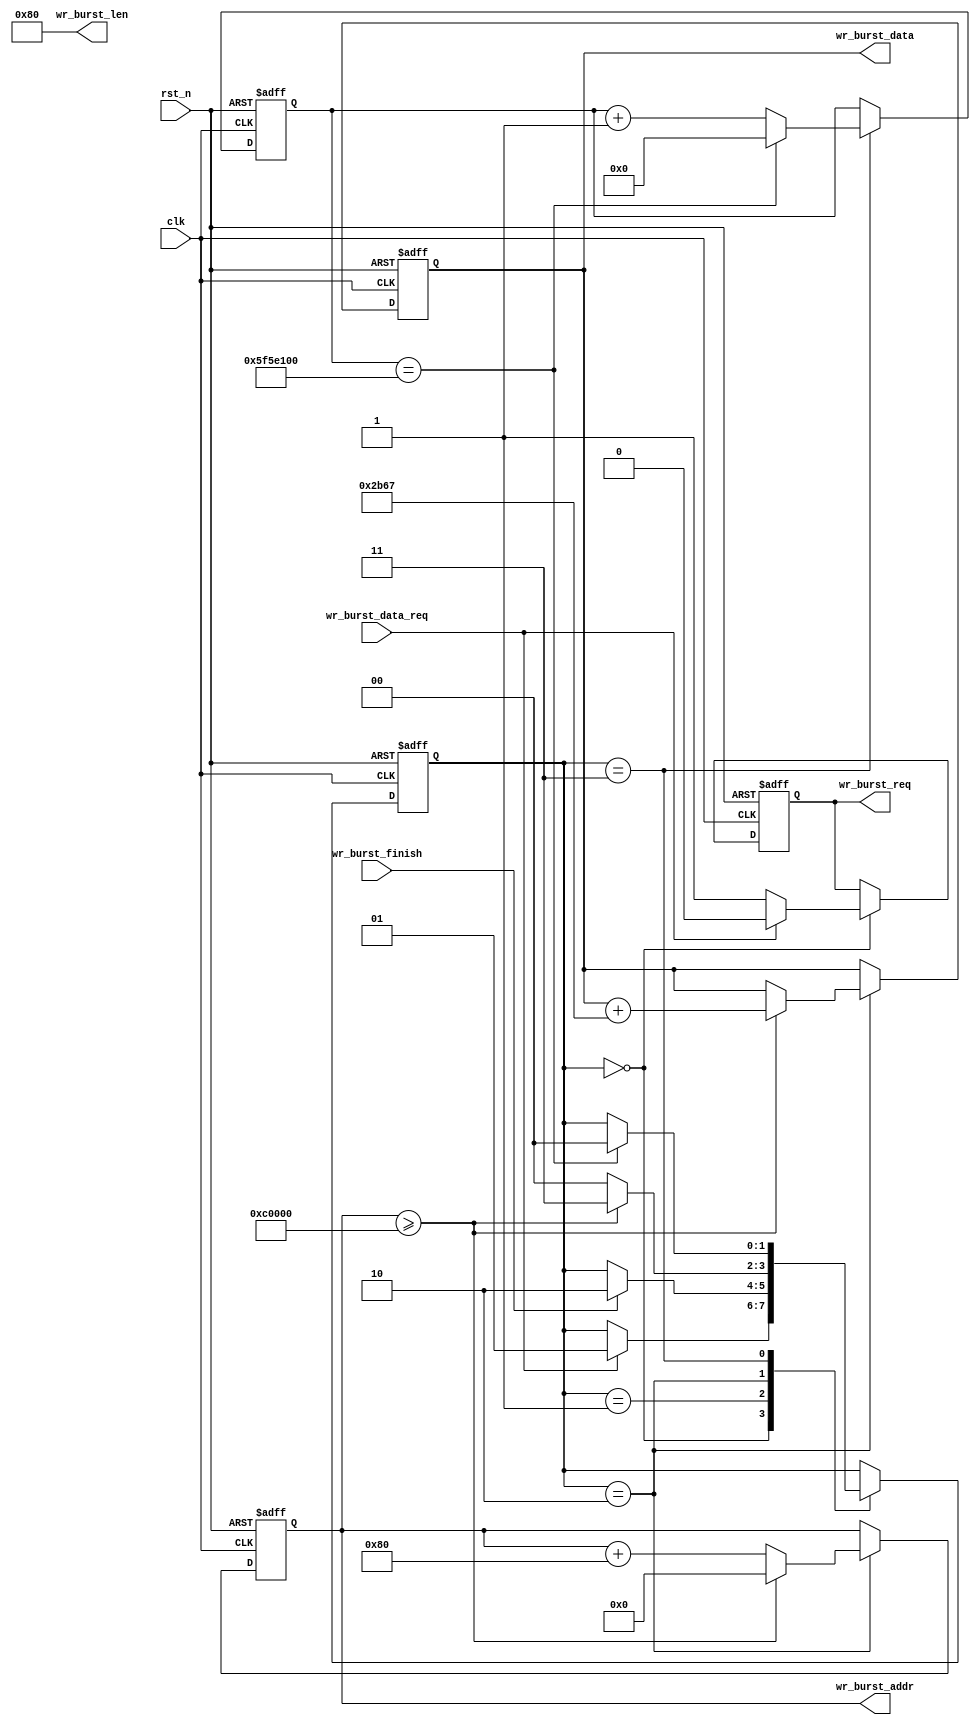
// This program was cloned from: https://github.com/Manistein/let-us-build-a-computer-system
// License: MIT License

module test_write(
    input clk,
    input rst_n,

    output wr_burst_req,
    output [9:0]  wr_burst_len,
    output [23:0] wr_burst_addr,
    output [15:0] wr_burst_data,

    input wr_burst_data_req,
    input wr_burst_finish 
);

localparam STATE_IDLE = 2'b00;
localparam STATE_WRITE = 2'b01;
localparam STATE_FINISH = 2'b10;
localparam STATE_PAUSE = 2'b11;

reg write_req_r;
reg [23:0] write_addr_r;
reg [1:0] state_r;
reg [15:0] data_r;
reg [31:0] pause_counter_r;

always @(posedge clk or negedge rst_n) begin
    if (!rst_n) begin
        write_req_r <= 1'b0;
        write_addr_r <= 24'b0;
        state_r <= STATE_IDLE;
        data_r <= 16'b1111100000000000;
        pause_counter_r <= 32'd0;
    end else begin
        case (state_r)
            STATE_IDLE: begin
                if (wr_burst_data_req) begin
                    write_req_r <= 1'b0;
                    state_r <= STATE_WRITE;
                end else begin
                    write_req_r <= 1'b1;
                end
            end
            STATE_WRITE: begin
                if (wr_burst_finish) begin
                    state_r <= STATE_FINISH;
                end
            end
            STATE_FINISH: begin
                if (write_addr_r >= 24'd786432) begin
                    write_addr_r <= 24'd0;
                    state_r <= STATE_PAUSE;
                    data_r <= data_r + 16'd11111;
                end else begin
                    write_addr_r <= write_addr_r + 24'd128;
                    state_r <= STATE_IDLE;
                end
            end
            STATE_PAUSE: begin
                if (pause_counter_r == 32'd100000000) begin
                    state_r <= STATE_IDLE;
                    pause_counter_r <= 32'd0;
                end else begin
                    pause_counter_r <= pause_counter_r + 32'd1;
                end
            end
        endcase
    end
end 

assign wr_burst_req = write_req_r;
assign wr_burst_len = 10'd128;;
assign wr_burst_addr = write_addr_r;
assign wr_burst_data = data_r;

endmodule